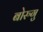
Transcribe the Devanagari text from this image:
बोरुगु